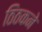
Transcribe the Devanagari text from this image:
ठिठकने